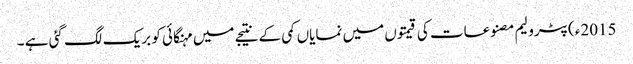
2015ء)پٹرولیم مصنوعات کی قیمتوں میں نمایاں کمی کے نتیجے میں مہنگائی کو بریک لگ گئی ہے ۔